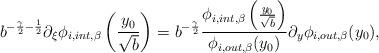
LaTeX: \begin{align*} b^{-\frac{\gamma}{2} -\frac{1}{2}} \partial_\xi \phi_{i,int, \beta} \left( \frac{y_0}{\sqrt{b}} \right) = b^{-\frac{\gamma}{2}} \frac{ \phi_{i,int, \beta} \left( \frac{y_0}{\sqrt{b}} \right)}{\phi_{i, out, \beta}(y_0)} \partial_y \phi_{i,out, \beta}(y_0), \end{align*}